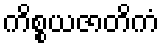
ကိစ္စယဇာတိကံ